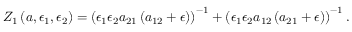
Z _ { 1 } \left( a , \epsilon _ { 1 } , \epsilon _ { 2 } \right) = \left( \epsilon _ { 1 } \epsilon _ { 2 } a _ { 2 1 } \left( a _ { 1 2 } + \epsilon \right) \right) ^ { - 1 } + \left( \epsilon _ { 1 } \epsilon _ { 2 } a _ { 1 2 } \left( a _ { 2 1 } + \epsilon \right) \right) ^ { - 1 } .